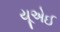
યૂએઈ